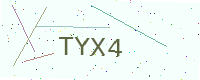
Text: TYX4